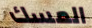
المسك